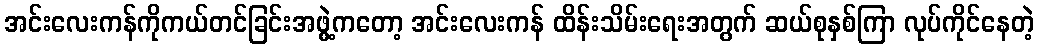
အင်းလေးကန်ကိုကယ်တင်ခြင်းအဖွဲ့ကတော့ အင်းလေးကန် ထိန်းသိမ်းရေးအတွက် ဆယ်စုနှစ်ကြာ လုပ်ကိုင်နေတဲ့